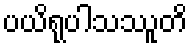
ပယိရုပါသဿူတိ